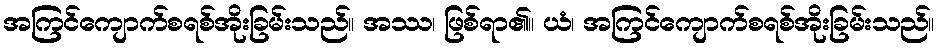
အကြင်ကျောက်စရစ်အိုးခြမ်းသည်။ အဿ၊ ဖြစ်ရာ၏။ ယံ၊ အကြင်ကျောက်စရစ်အိုးခြမ်းသည်။